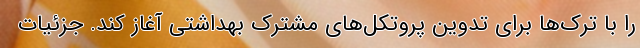
را با ترک‌ها برای تدوین پروتکل‌های مشترک بهداشتی آغاز کند. جزئیات